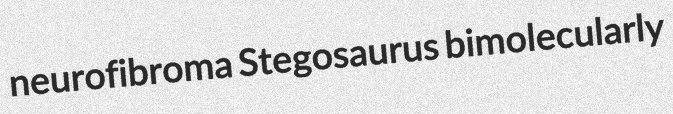
neurofibroma Stegosaurus bimolecularly